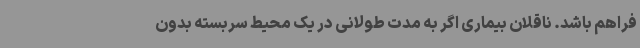
فراهم باشد. ناقلان بیماری اگر به مدت طولانی در یک محیط سربسته بدون